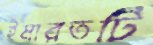
ইমারতটি